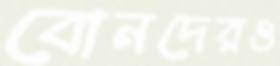
বোনদেরও